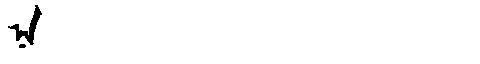
Manchu: ᠨᠠ